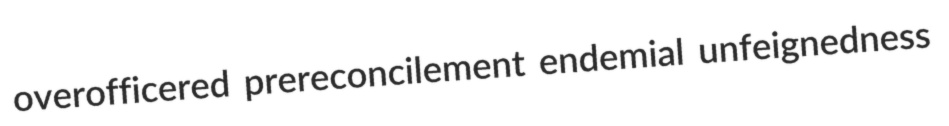
overofficered prereconcilement endemial unfeignedness